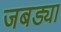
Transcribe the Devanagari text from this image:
जबड्या